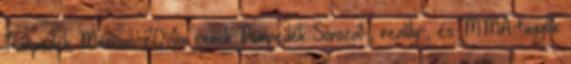
Pumpedék Március 20-án jönnek Pumpedék Sorozat-, reality-, és MMA-függők